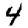
Digit: 4